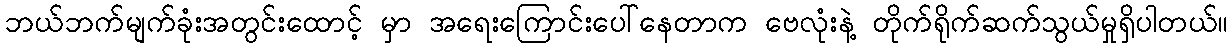
ဘယ်ဘက်မျက်ခုံးအတွင်းထောင့် မှာ အရေးကြောင်းပေါ်နေတာက ဗေလုံးနဲ့ တိုက်ရိုက်ဆက်သွယ်မှုရှိပါတယ်။